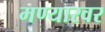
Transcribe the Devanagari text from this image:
मण्यारवर